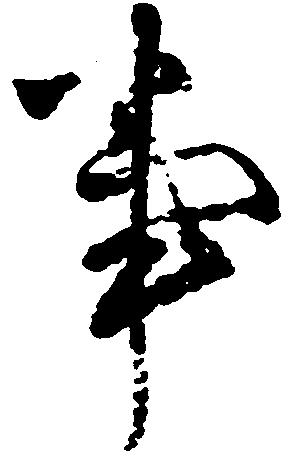
事